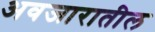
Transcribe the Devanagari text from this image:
अवजारातील